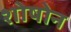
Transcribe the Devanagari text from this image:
शोषोन